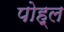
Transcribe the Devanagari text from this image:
पोह्ल